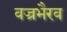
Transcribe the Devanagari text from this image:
वज्रभैरव